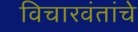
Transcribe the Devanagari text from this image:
विचारवंतांचे